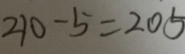
2 1 0 - 5 = 2 0 5